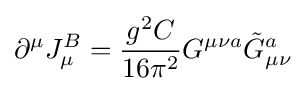
\partial ^{\mu }J_{\mu }^{B}={\frac {g^{2}C}{16\pi ^{2}}}G^{\mu \nu a}{\tilde {G}}_{\mu \nu }^{a}